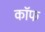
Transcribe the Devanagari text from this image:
कॉफ